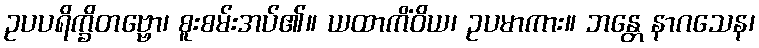
ဥပပရိက္ခိတဗ္ဗော၊ စူးစမ်းအပ်၏။ ယထာကိံဝိယ၊ ဥပမာကား။ ဘန္တေ နာဂသေန၊